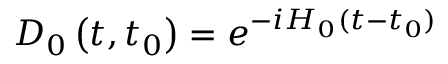
D _ { 0 } \left( t , t _ { 0 } \right) = e ^ { - i H _ { 0 } ( t - t _ { 0 } ) }